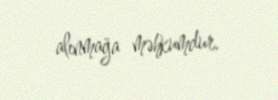
alınmağa məhkumdur.